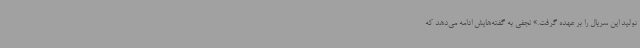
تولید این سریال را بر عهده گرفت.» نجفی به گفته‌هایش ادامه می‌دهد که